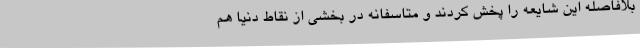
بلافاصله این شایعه را پخش کردند و متاسفانه در بخشی از نقاط دنیا هم